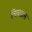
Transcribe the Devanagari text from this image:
चिवडास